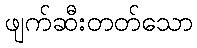
ဖျက်ဆီးတတ်သော